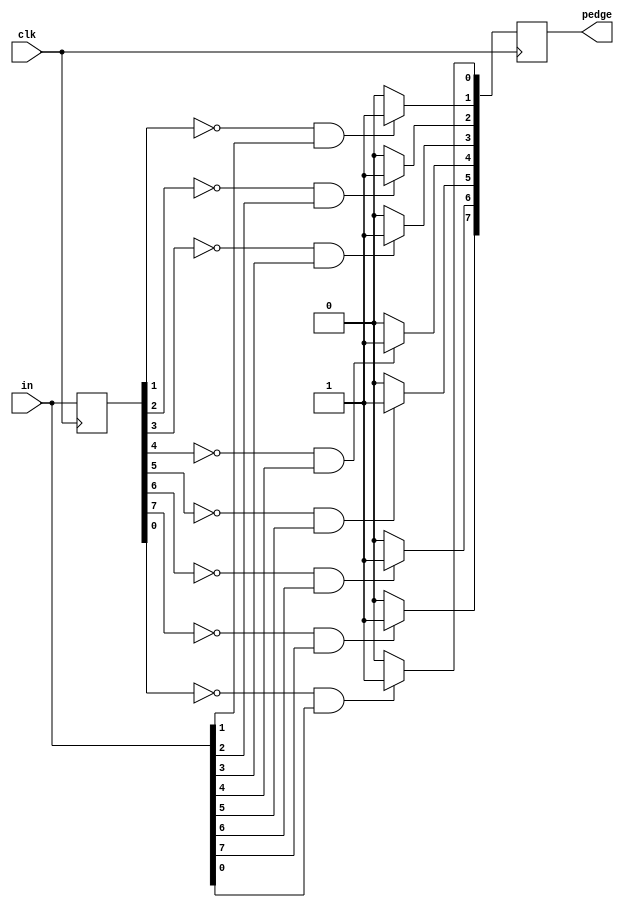
module top_module (
    input clk,
    input [7:0] in,
    output [7:0] pedge
);
    reg [7:0]q;
    always@(posedge clk)
        begin
            if(q[0]==0 && in[0]==1)
                pedge[0]<=1;
            else
                pedge[0]<=0;
            if(q[1]==0 && in[1]==1)
                pedge[1]<=1;
            else
                pedge[1]<=0;
            if(q[2]==0 && in[2]==1)
                pedge[2]<=1;
            else
                pedge[2]<=0;
            if(q[3]==0 && in[3]==1)
                pedge[3]<=1;
            else
                pedge[3]<=0;
            if(q[4]==0 && in[4]==1)
                pedge[4]<=1;
            else
                pedge[4]<=0;
            if(q[5]==0 && in[5]==1)
                pedge[5]<=1;
            else
                pedge[5]<=0;
            if(q[6]==0 && in[6]==1)
                pedge[6]<=1;
            else
                pedge[6]<=0;
            if(q[7]==0 && in[7]==1)
                pedge[7]<=1;
            else
                pedge[7]<=0;
        end
    
    always@(posedge clk)
         q<=in;
    
endmodule